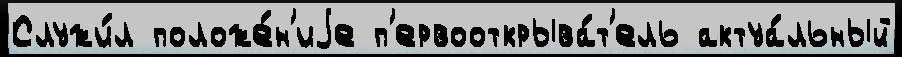
Служи́л положе́н'иjе п'ервооткрыва́т'ель актуа́льный